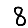
Digit: 8